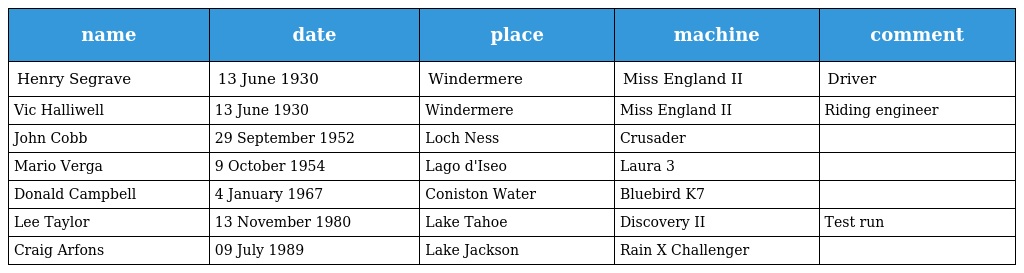
| name | date | place | machine | comment |
 | --- | --- | --- | --- | --- |
 | Henry Segrave | 13 June 1930 | Windermere | Miss England II | Driver |
 | Vic Halliwell | 13 June 1930 | Windermere | Miss England II | Riding engineer |
 | John Cobb | 29 September 1952 | Loch Ness | Crusader |  |
 | Mario Verga | 9 October 1954 | Lago d'Iseo | Laura 3 |  |
 | Donald Campbell | 4 January 1967 | Coniston Water | Bluebird K7 |  |
 | Lee Taylor | 13 November 1980 | Lake Tahoe | Discovery II | Test run |
 | Craig Arfons | 09 July 1989 | Lake Jackson | Rain X Challenger |  |